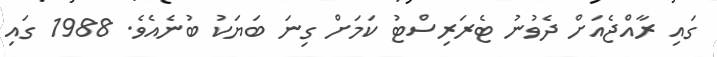
ގައި ރާއްޖެއަށް ދެވުނު ޓެރަރިސްޓު ކަމަށް ގިނަ ބަޔަކު ބުނެއެވެ. 1988 ގައި